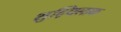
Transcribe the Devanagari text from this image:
शुद्धिलाक